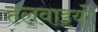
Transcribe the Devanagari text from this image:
हलवाइयों